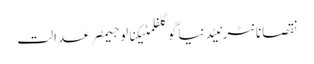
نقصانانٹرنیٹدنیاگوگلفلمٹیکنالوجیمصرعدالت